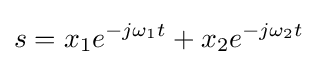
s=x_{1}e^{-j{\omega }_{1}t}+x_{2}e^{-j{\omega }_{2}t}